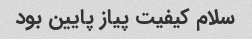
سلام کیفیت پیاز پایین بود